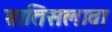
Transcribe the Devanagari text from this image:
ब्रातिसलावा